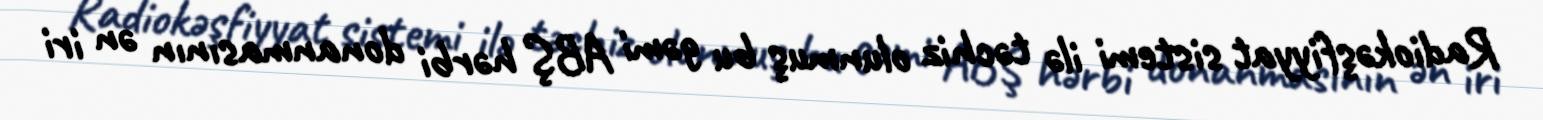
Radiokəşfiyyat sistemi ilə təchiz olunmuş bu gəmi ABŞ hərbi donanmasının ən iri